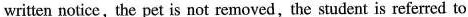
written notice , the pet is not removed, the student is referred to